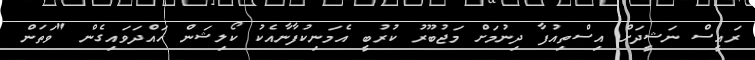
ރައީސް ނަޝީދަށް އިސްތިއުފާ ދިނުމަށް މަޖުބޫރު ކުރުބީ އެމަނިކުފާނާއެކު ކޯލިޝަން ހައްދަވައިގެން "ވަތަން